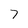
Character: 7